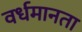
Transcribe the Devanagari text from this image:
वर्धमानता